Civil Veterinary Dept. Bombay admin report 1932-41 - 1932-1941
Year: 1932
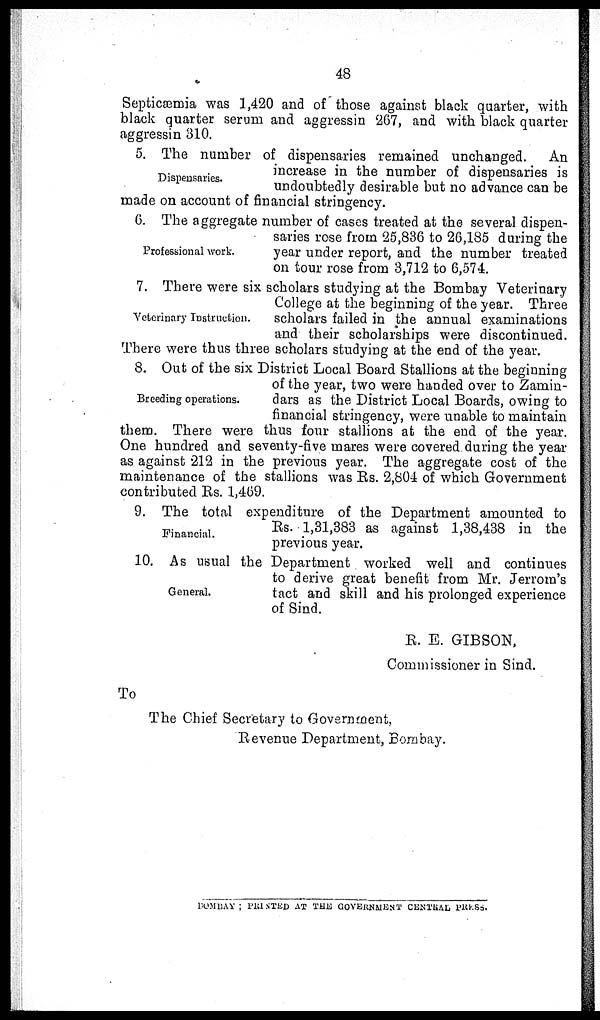
48
Septicæmia was 1,420 and of those against black quarter, with
black quarter serum and aggressin 267, and with black quarter
aggressin 310.
Dispensaries.
5. The number of dispensaries remained unchanged.
An
increase in the number of dispensaries is
undoubtedly desirable but no advance can be
made on account of financial stringency.
Professional work.
6. The aggregate number of cases treated at the several dispen-
saries rose from 25,836 to 26,185 during the
year under report, and the number treated
on tour rose from 3,712 to 6,574.
Veterinary Instruction.
7. There were six scholars studying at the Bombay Veterinary
College at the beginning of the year. Three
scholars failed in the annual examinations
and their scholarships were discontinued.
There were thus three scholars studying at the end of the year.
Breeding operations.
8. Out of the six District Local Board Stallions at the beginning
of the year, two were handed over to Zamin-
dars as the District Local Boards, owing to
financial stringency, were unable to maintain
them. There were thus four stallions at the end of the year.
One hundred and seventy-five mares were covered during the year
as against 212 in the previous year. The aggregate cost of the
maintenance of the stallions was Rs. 2,804 of which Government
contributed Rs. 1,469.
Financial.
9. The total expenditure of the Department amounted to
Rs. 1,31,383 as against 1,38,438 in the
previous year.
General.
10. As usual the Department worked well and continues
to derive great benefit from Mr. Jerrom's
tact and skill and his prolonged experience
of Sind.
R. E. GIBSON,
Commissioner in Sind.
To
The Chief Secretary to Government,
Revenue Department, Bombay.